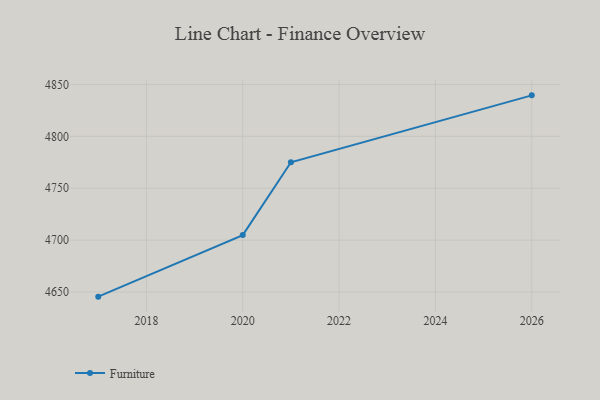
{"axis": {"x": "Year", "y": "Revenue (USD Million)"}, "legend": ["Furniture"], "data": [{"x": "2026", "y": 4839.5, "type": "Furniture"}, {"x": "2021", "y": 4775.0, "type": "Furniture"}, {"x": "2020", "y": 4704.8, "type": "Furniture"}, {"x": "2017", "y": 4645.5, "type": "Furniture"}]}